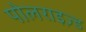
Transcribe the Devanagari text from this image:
पोलराइज़्ड